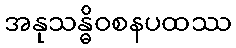
အနုသန္ဓိဝစနပထဿ